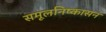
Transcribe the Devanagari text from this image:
समूलनिष्कासन